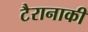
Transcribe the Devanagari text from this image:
टैरानाकी